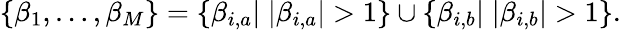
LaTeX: \begin{array}{r}{\{ \beta_{1},\ldots,\beta_{M}\} =\{ \beta_{i,a}|\; |\beta_{i,a}|>1\} \cup\{ \beta_{i,b}|\; |\beta_{i,b}|>1\} .}\end{array}